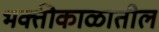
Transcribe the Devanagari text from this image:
भक्तीकाळातील